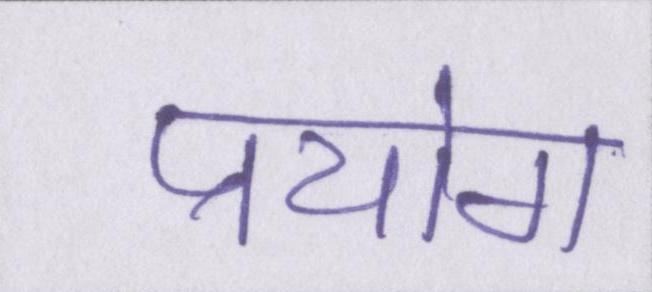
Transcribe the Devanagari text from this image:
प्रयोग